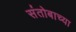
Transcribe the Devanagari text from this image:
संतोबाच्या